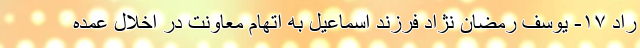
راد ۱۷- یوسف رمضان نژاد فرزند اسماعیل به اتهام معاونت در اخلال عمده